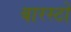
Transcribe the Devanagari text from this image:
बारस्टो